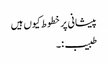
پیشانی پر خطوط کیوں ہیں
طبیب :۔